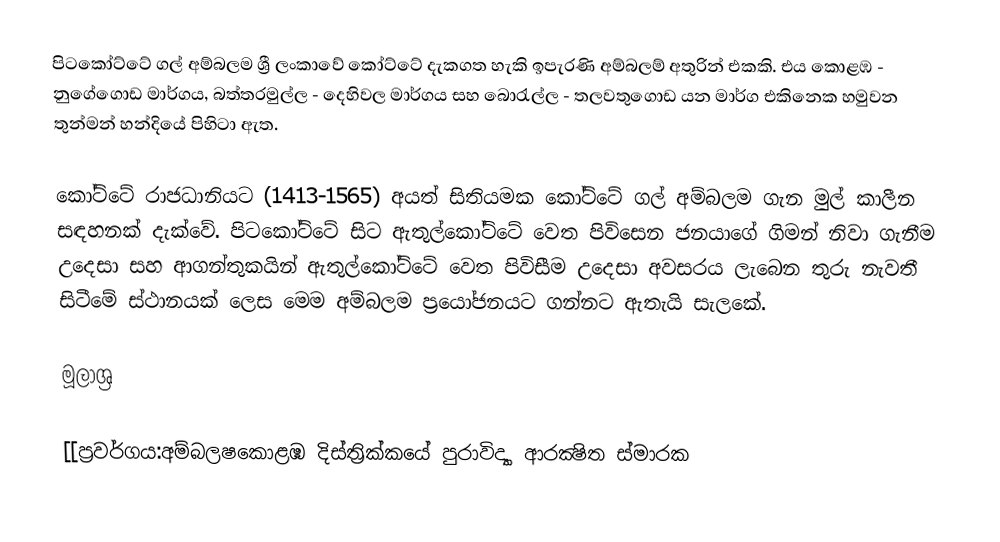
පිටකෝට්ටේ ගල් අම්බලම ශ්‍රී ලංකාවේ කෝට්ටේ දැකගත හැකි ඉපැරණි අම්බලම් අතුරින් එකකි. එය කොළඹ  - නුගේගොඩ මාර්ගය, බත්තරමුල්ල - දෙහිවල මාර්ගය සහ බොරැල්ල - තලවතුගොඩ යන මාර්ග එකිනෙක හමුවන තුන්මන් හන්දියේ පිහිටා ඇත.

කෝට්ටේ රාජධානියට (1413-1565) අයත් සිතියමක කෝට්ටේ ගල් අම්බලම ගැන මුල් කාලීන සඳහනක් දැක්වේ. පිටකෝට්ටේ සිට ඇතුල්කෝට්ටේ වෙත පිවිසෙන ජනයාගේ ගිමන් නිවා ගැනීම උදෙසා සහ ආගන්තුකයින් ඇතුල්කෝට්ටේ වෙත පිවිසීම උදෙසා අවසරය ලැබෙන තුරු නැවතී සිටීමේ ස්ථානයක් ලෙස මෙම අම්බලම ප්‍රයෝජනයට ගන්නට ඇතැයි සැලකේ.

මූලාශ්‍ර

[[ප්‍රවර්ගය:අම්බලෂකොළඹ දිස්ත්‍රික්කයේ පුරාවිද්‍යා ආරක්‍ෂිත ස්මාරක‎